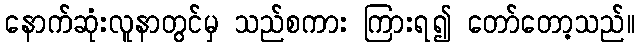
နောက်ဆုံးလူနာတွင်မှ သည်စကား ကြားရ၍ တော်တော့သည်။